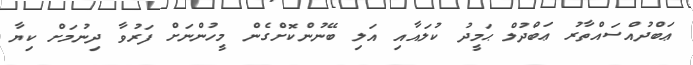
ޢަބްދުއްސައްތާރު ޢަބްދުލް ޙަމީދު ކުލައާއި އަލި ބޭނުންކޮށްގެން މީހުންނަށް ފަރުވާ ދިނުމަށް ކިޔާ